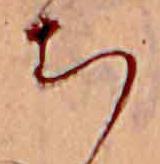
ち